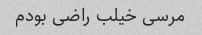
مرسی خیلب راضی بودم